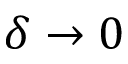
\delta \rightarrow 0